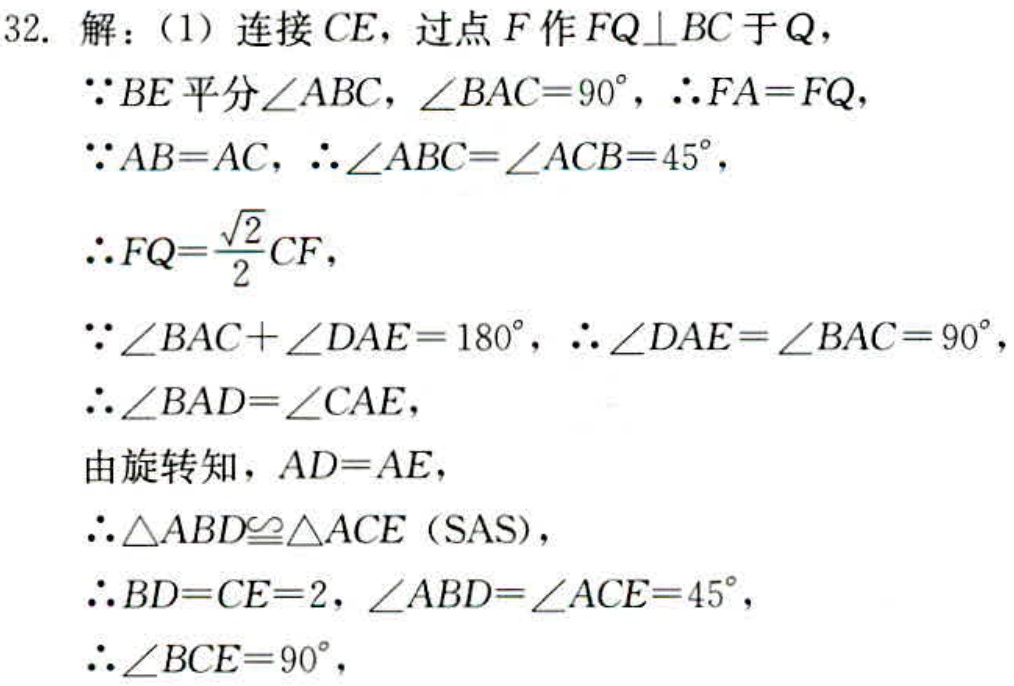
32. 解：（1）连接 \(CE\)，过点 \(F\) 作 \(FQ\perp BC\) 于 \(Q\)，
\(\because BE\) 平分 \(\angle ABC\)，\(\angle BAC = 90^{\circ}\)，\(\therefore FA = FQ\)，
\(\because AB = AC\)，\(\therefore \angle ABC=\angle ACB = 45^{\circ}\)，
\(\therefore FQ=\frac{\sqrt{2}}{2}CF\)，
\(\because \angle BAC+\angle DAE = 180^{\circ}\)，\(\therefore \angle DAE=\angle BAC = 90^{\circ}\)，
\(\therefore \angle BAD=\angle CAE\)，
由旋转知，\(AD = AE\)，
\(\therefore \triangle ABD\cong\triangle ACE\)（SAS），
\(\therefore BD = CE = 2\)，\(\angle ABD=\angle ACE = 45^{\circ}\)，
\(\therefore \angle BCE = 90^{\circ}\)，